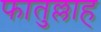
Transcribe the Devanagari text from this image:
फातुल्लाह